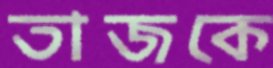
তাজকে